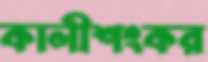
কালীশংকর